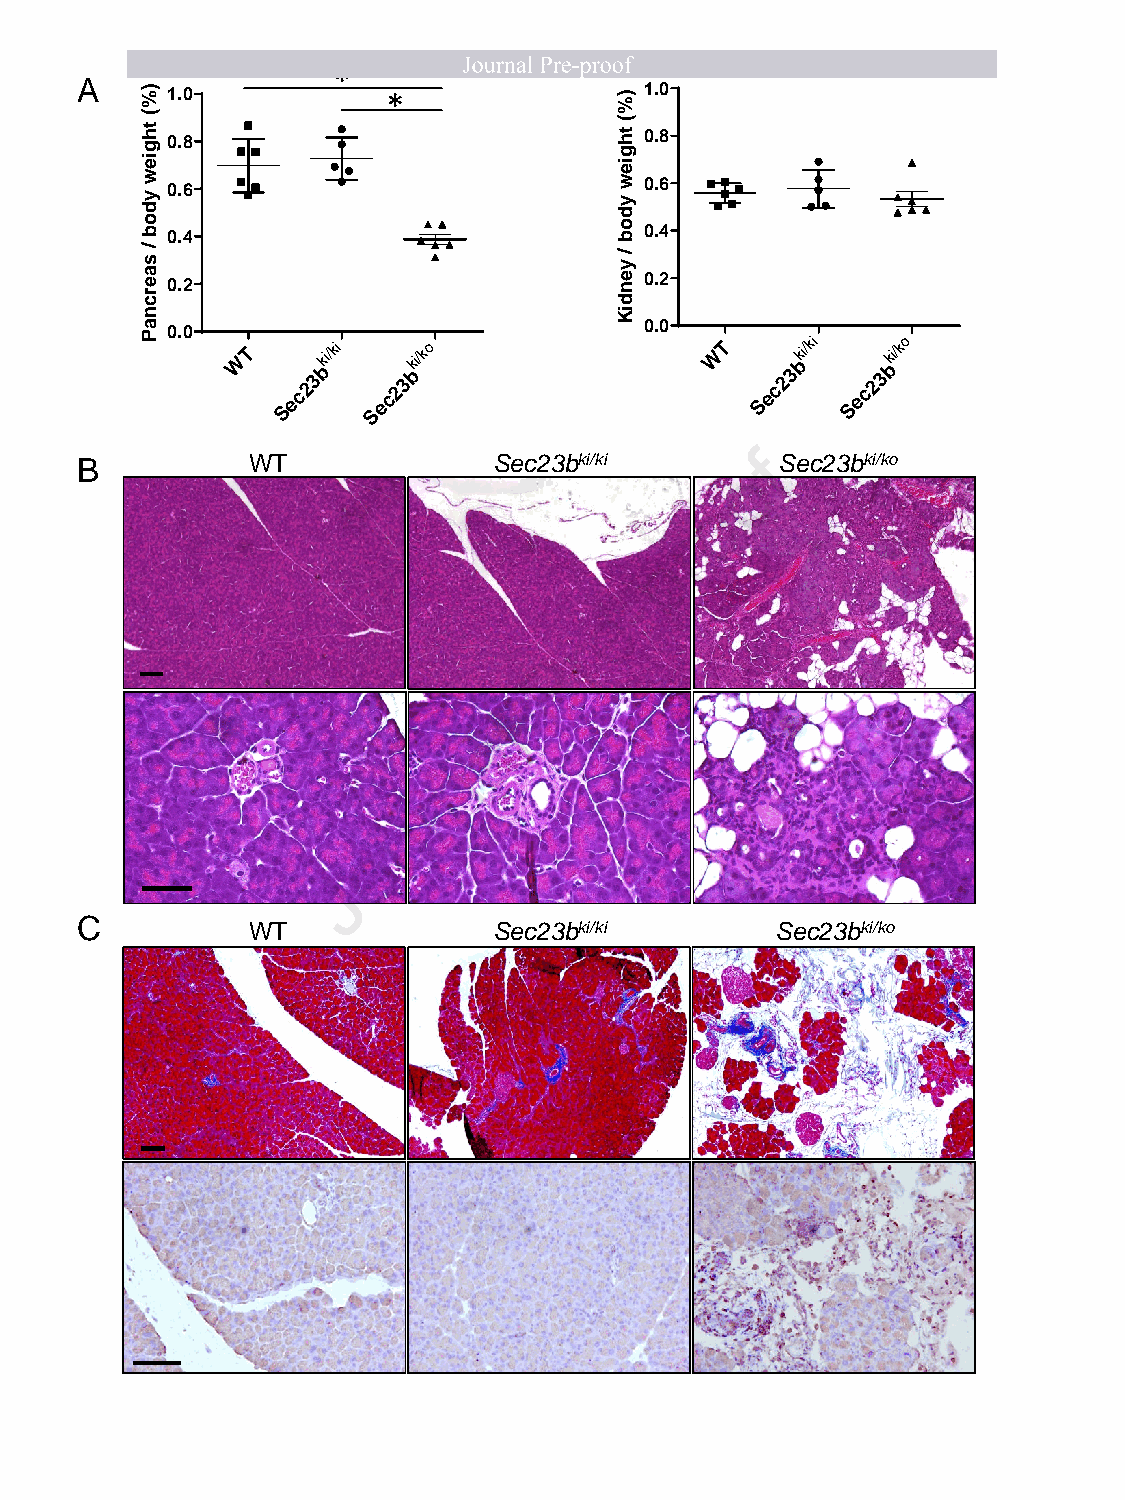
*
 A     1.0            *                1.0
 0.8                             0.8
 0.6                             0.6
 0.4                             0.4
 0.2                             0.2
 0.0                             0.0
 W T Sec23k bi/ki Sec23k bi/ko  W T Sec23k bi/ki Sec23k bi/ko
 B          WT               Sec23bki/ki     of Sec23bki/ko
 o
 r
 p
 -
 e
 r
 P
 l
 a
 n
 r
 u
 o
 J
 C          WT               Sec23bki/ki       Sec23bki/ko
 )%(
 thgiew
 ydob
 / saercnaP
 )%(
 thgiew
 ydob
 / yendiK